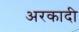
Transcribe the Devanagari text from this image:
अरकादी